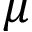
\mu